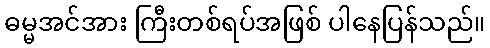
ဓမ္မအင်အား ကြီးတစ်ရပ်အဖြစ် ပါနေပြန်သည်။